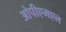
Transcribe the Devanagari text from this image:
ओपीएमएल